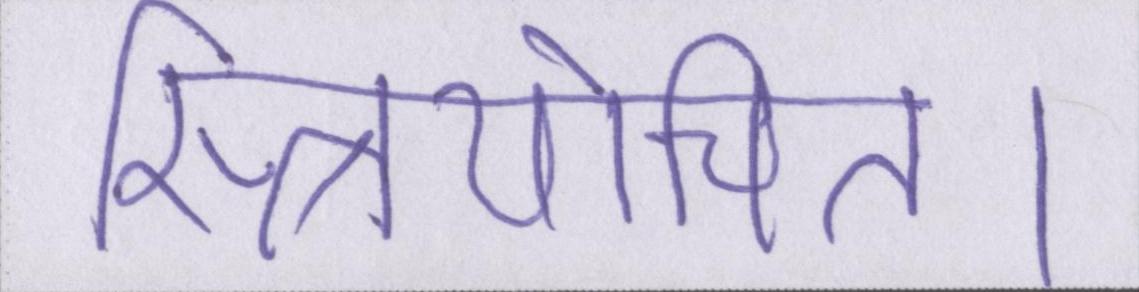
स्त्रियोचित।